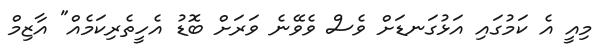
މިއީ އެ ކަމުގައި އަޅުގަނޑަށް ވެސް ވެވޭނެ ވަރަށް ބޮޑު އެހީތެރިކަމެއް" އާޒިމް